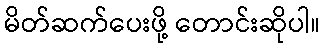
မိတ်ဆက်ပေးဖို့ တောင်းဆိုပါ။